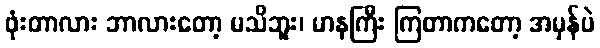
ဖုံးတာလား ဘာလားတော့ မသိဘူး၊ မာနကြီး ကြတာကတော့ အမှန်ပဲ